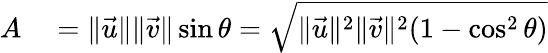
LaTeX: \begin{array}{rl}{A}&{{}=\| {\vec{u}}\| \| {\vec{v}}\| \sin\theta={\sqrt{\| {\vec{u}}\| ^{2}\| {\vec{v}}\| ^{2}(1-\cos^{2}\theta)}}}\end{array}